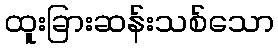
ထူးခြားဆန်းသစ်သော